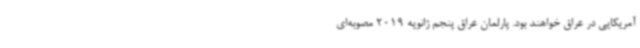
آمریکایی در عراق خواهند بود. پارلمان عراق پنجم ژانویه 2019 مصوبه‌ای